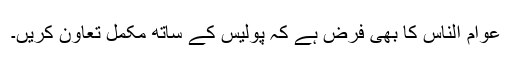
عوام الناس کا بھی فرض ہے کہ پولیس کے ساتھ مکمل تعاون کریں۔